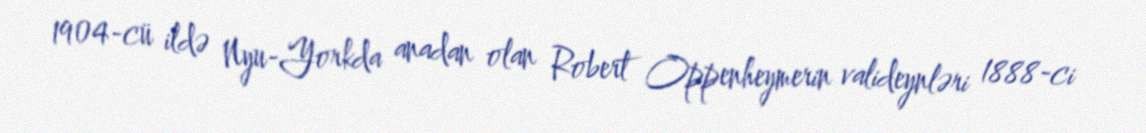
1904-cü ildə Nyu-Yorkda anadan olan Robert Oppenheymerin valideynləri 1888-ci